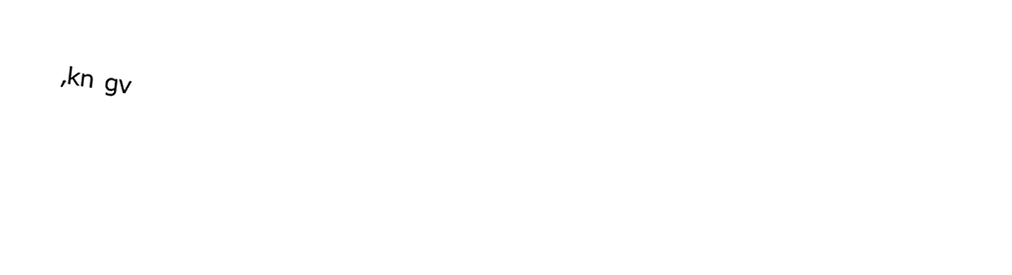
,kn gv